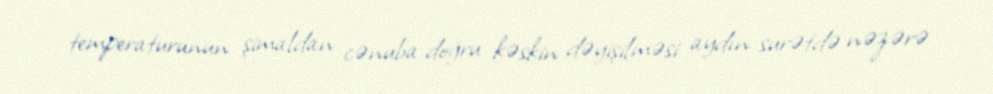
temperaturunun şimaldan cənuba doğru kəskin dəyişilməsi aydın surətdə nəzərə